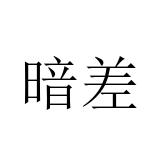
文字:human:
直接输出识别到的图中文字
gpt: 暗差